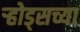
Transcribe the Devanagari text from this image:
ऱ्होड्सच्या